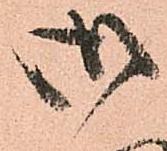
御